Report on vaccination in Madras 1877-1894 - 1877-1894
Year: 1877
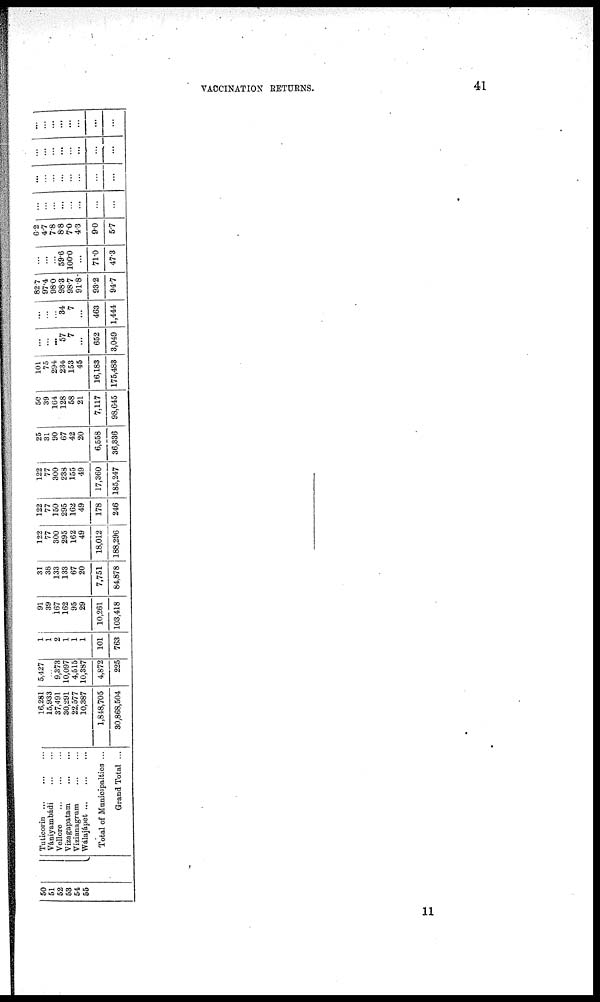
VACCINATION RETURNS.
41
50
51
52
53
54
55
Tuticorin
...
...
...
Vániyambádi ... ...
Vellore
...
...
...
Vizagapatam
...
...
Vizianagrum
...
...
Wálajápet
...
...
...
Total of Municipalties ...
Grand Total ...
16,281
15,933
37,491
30,291
22,577
10,387
1,848,705
30,868,504
5,427
...
9,373
10,097
4,515
10,387
4,872
225
1
1
2
1
1
1
101
763
91
39
167
162
95
29
10,261
103,418
31
38
133
133
67
20
7,751
84,878
122
77
300
295
162
49
18,012
188,296
122
77
150
295
162
49
178
246
122
77
300
238
155
49
17,360
185,247
25
31
90
67
42
20
6,558
36,336
50
39
164
128
58
21
7,117
98,645
101
75
294
234
153
45
16,183
175,483
...
...
...
57
7
...
652
3,049
1
...
...
34
7
...
463
1,444
82.7
97.4
98.0
98.3
98.7
91.8
93.2
94.7
...
...
...
59.6
100.0
...
71.0
47.3
6.2
4.7
7.8
8.8
7.0
4.3
9.0
5.7
...
...
...
...
...
...
...
...
...
...
...
...
...
...
...
...
...
...
...
...
...
...
...
...
...
...
...
...
...
...
...
...
11